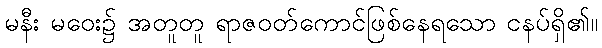
မနီး မဝေး၌ အတူတူ ရာဇဝတ်ကောင်ဖြစ်နေရသော ငနပ်ရှိ၏။